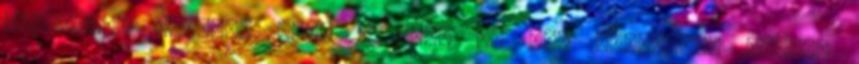
elfáradt, szakadt róla a víz, de nem kapkodott levegő